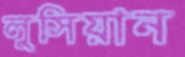
লুসিয়ান